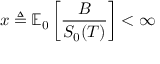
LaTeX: x \triangleq \mathbb { E } _ { 0 } \left[ { \frac { B } { S _ { 0 } ( T ) } } \right] < \infty